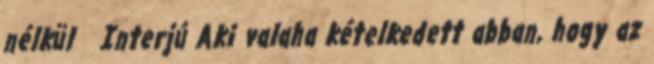
nélkül Interjú Aki valaha kételkedett abban, hogy az